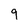
Character: 9